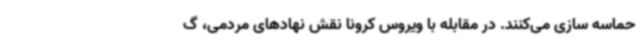
حماسه سازی می‌کنند. در مقابله با ویروس کرونا نقش نهادهای مردمی، گ